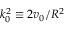
k _ { 0 } ^ { 2 } \equiv 2 v _ { 0 } / R ^ { 2 }